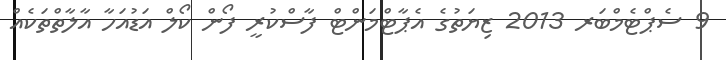
9 ސެޕްޓެމްބަރ 2013 ޒިޔަތުގެ އެޕާޓްމަންޓް ފާސްކުރީ ފޯން ކޯލް އަޑުއަހާ އާލާތްތަކެއް